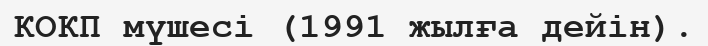
КОКП мүшесі (1991 жылға дейін).